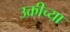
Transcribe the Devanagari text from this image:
उक्तीच्या